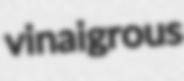
vinaigrous